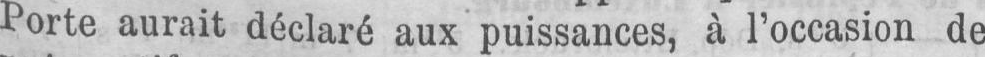
Porte aurait déclaré aux puissances, à l’occasion de